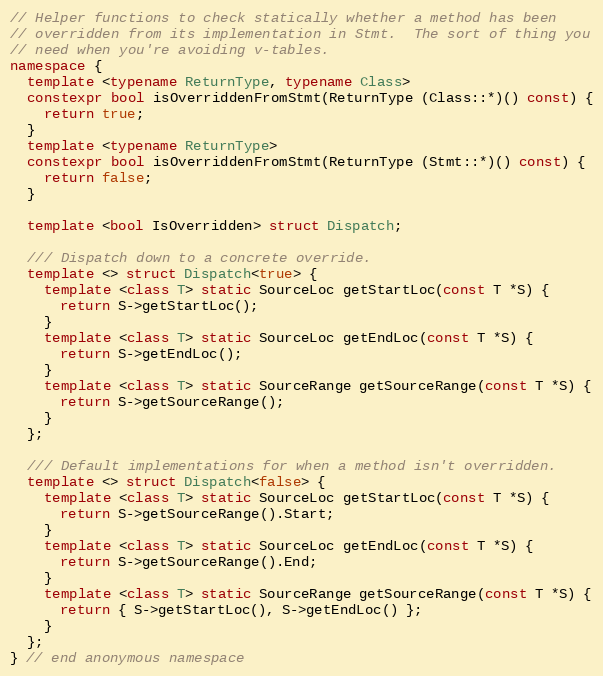
Language: C++
// Helper functions to check statically whether a method has been
// overridden from its implementation in Stmt.  The sort of thing you
// need when you're avoiding v-tables.
namespace {
  template <typename ReturnType, typename Class>
  constexpr bool isOverriddenFromStmt(ReturnType (Class::*)() const) {
    return true;
  }
  template <typename ReturnType>
  constexpr bool isOverriddenFromStmt(ReturnType (Stmt::*)() const) {
    return false;
  }

  template <bool IsOverridden> struct Dispatch;

  /// Dispatch down to a concrete override.
  template <> struct Dispatch<true> {
    template <class T> static SourceLoc getStartLoc(const T *S) {
      return S->getStartLoc();
    }
    template <class T> static SourceLoc getEndLoc(const T *S) {
      return S->getEndLoc();
    }
    template <class T> static SourceRange getSourceRange(const T *S) {
      return S->getSourceRange();
    }
  };

  /// Default implementations for when a method isn't overridden.
  template <> struct Dispatch<false> {
    template <class T> static SourceLoc getStartLoc(const T *S) {
      return S->getSourceRange().Start;
    }
    template <class T> static SourceLoc getEndLoc(const T *S) {
      return S->getSourceRange().End;
    }
    template <class T> static SourceRange getSourceRange(const T *S) {
      return { S->getStartLoc(), S->getEndLoc() };
    }
  };
} // end anonymous namespace